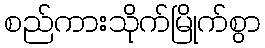
စည်ကားသိုက်မြိုက်စွာ